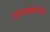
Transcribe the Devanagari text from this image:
हारमोनॉएड